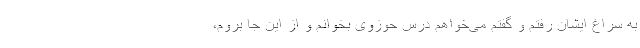
به سراغ ایشان رفتم و گفتم می‌خواهم درس حوزوی بخوانم و از این جا بروم،